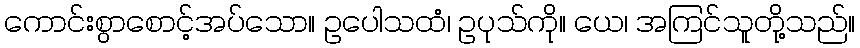
ကောင်းစွာစောင့်အပ်သော။ ဥပေါသထံ၊ ဥပုသ်ကို။ ယေ၊ အကြင်သူတို့သည်။